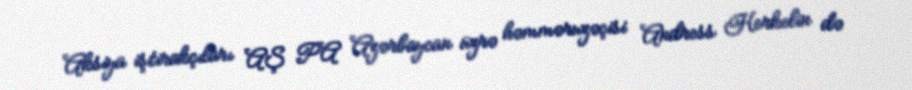
Aksiya iştirakçıları AŞ PA Azərbaycan üzrə həmməruzəçisi Andress Herkelin də